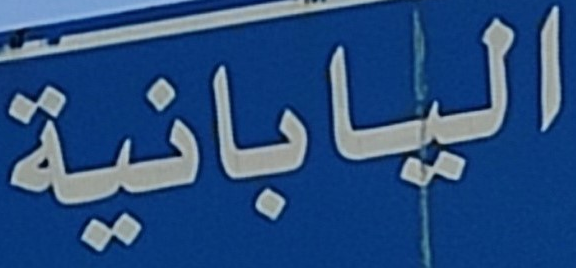
اليابانية